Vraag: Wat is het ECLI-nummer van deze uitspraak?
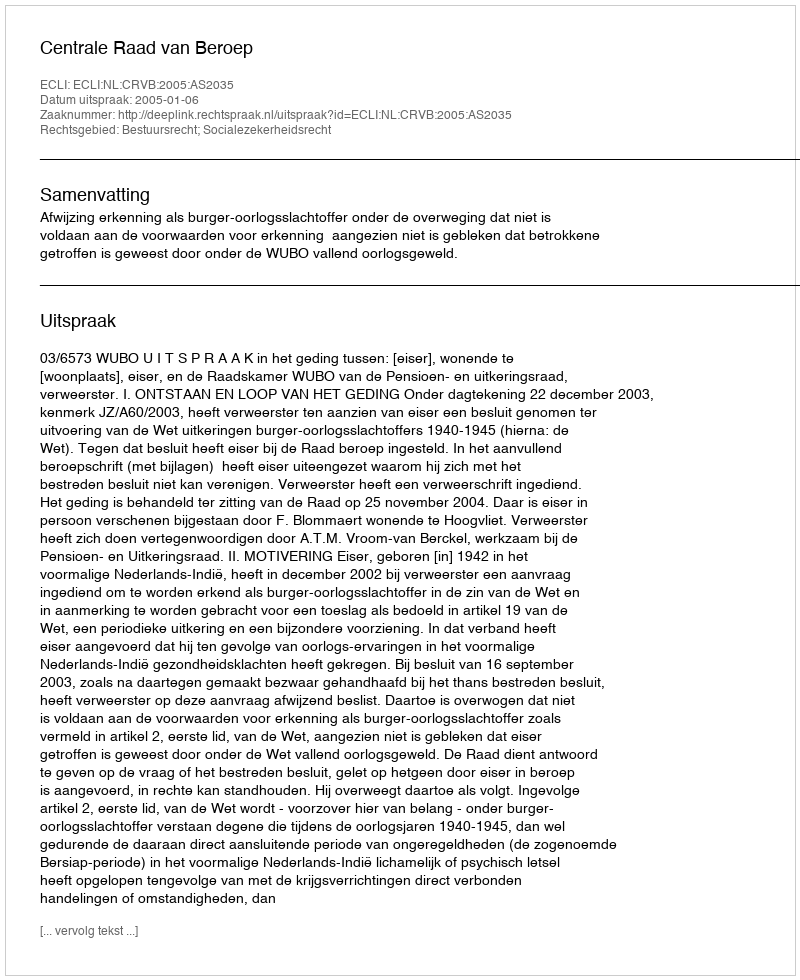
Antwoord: ECLI:NL:CRVB:2005:AS2035